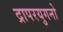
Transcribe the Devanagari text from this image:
द्रापरयुगनो